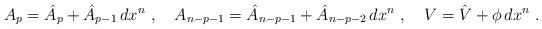
LaTeX: \begin{align*}A_p = \hat{A}_p + \hat{A}_{p-1}\, dx^n\ ,\quad A_{n-p-1} = \hat{A}_{n-p-1} + \hat{A}_{n-p-2}\, dx^n\ ,\quad V = \hat{V} + \phi\, dx^n\ .\end{align*}